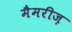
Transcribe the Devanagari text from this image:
मैमरीज़